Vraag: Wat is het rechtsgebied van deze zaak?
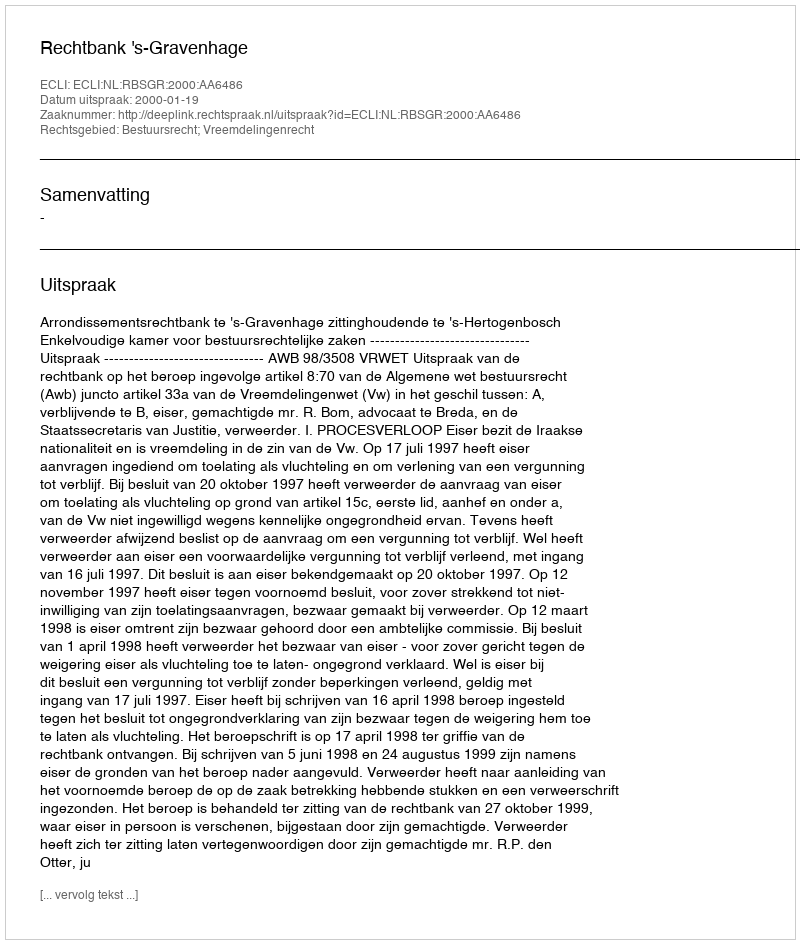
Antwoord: Bestuursrecht; Vreemdelingenrecht